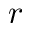
r